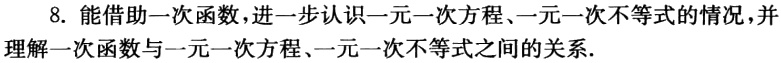
8. 能借助一次函数，进一步认识一元一次方程、一元一次不等式的情况，并理解一次函数与一元一次方程、一元一次不等式之间的关系.